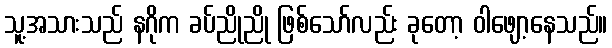
သူ့အသားသည် နဂိုက ခပ်ညိုညို ဖြစ်သော်လည်း ခုတော့ ဝါဖျော့နေသည်။